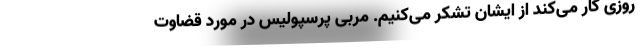
روزی کار می‌کند از ایشان تشکر می‌کنیم. مربی پرسپولیس در مورد قضاوت